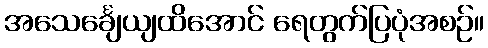
အသေင်္ချေယျထိအောင် ရေတွက်ပြပုံအစဉ်။